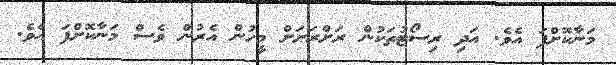
މަނާކޮށްފަ އެވެ. އަދި ރިސޯޓުތަކުން ރަށްރަށަށް މީހުން އެރުން ވެސް މަނާކޮށްފަ އެވެ.